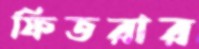
ফিতরার